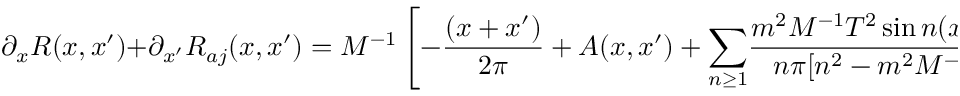
\partial _ { x } R ( x , x ^ { \prime } ) + \partial _ { x ^ { \prime } } R _ { a j } ( x , x ^ { \prime } ) = M ^ { - 1 } \left[ - \frac { ( x + x ^ { \prime } ) } { 2 \pi } + A ( x , x ^ { \prime } ) + { \Large \sum _ { n \geq 1 } } \frac { m ^ { 2 } M ^ { - 1 } T ^ { 2 } \sin n ( x + x ^ { \prime } ) } { n \pi [ n ^ { 2 } - m ^ { 2 } M ^ { - 1 } T ^ { 2 } ] } \right] . \nonumber